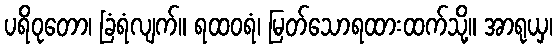
ပရိဝုတော၊ ခြံရံလျက်။ ရထဝရံ၊ မြတ်သောရထားထက်သို့။ အာရုယှ၊